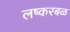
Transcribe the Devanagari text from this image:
लष्करबळ